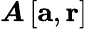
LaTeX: \boldsymbol{A}\left[\mathbf{a},\mathbf{r}\right]